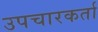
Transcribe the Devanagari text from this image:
उपचारकर्ता